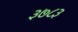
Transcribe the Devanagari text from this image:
३७८३